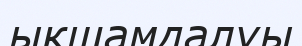
ыкшамдалуы